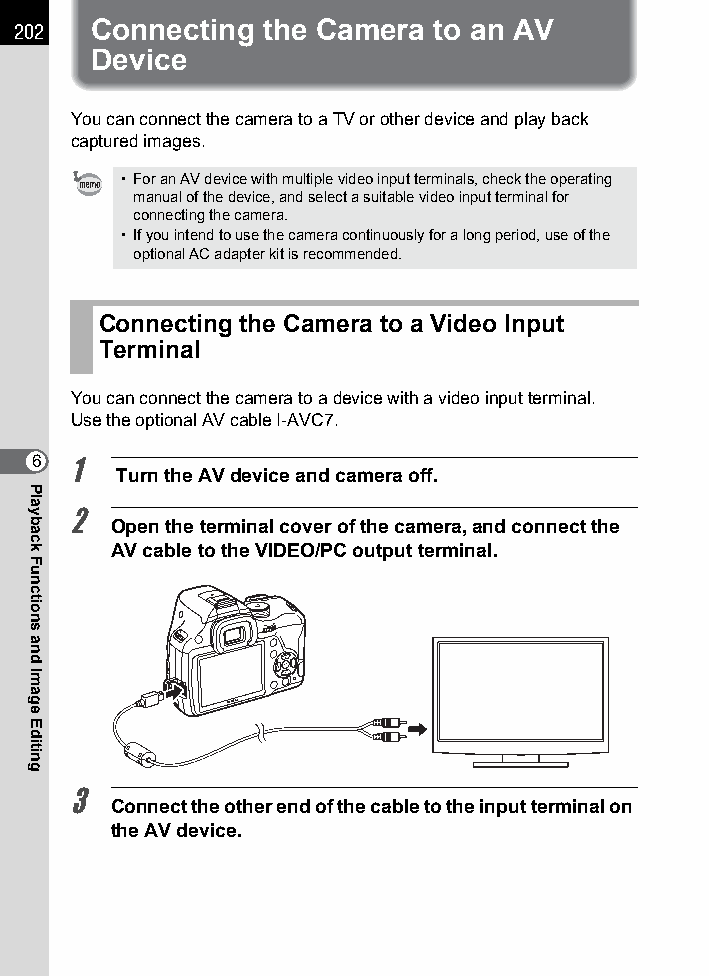
202  Connecting the Camera  to an AV
 Device
 You can connect the camera to a TV or other device and play back
 captured images.
 • For an AV device with multiple video input terminals, check the operating
 manual of the device, and select a suitable video input terminal for
 connecting the camera.
 • If you intend to use the camera continuously for a long period, use of the
 optional AC adapter kit is recommended.
 Connecting the Camera to a Video Input
 Terminal
 You can connect the camera to a device with a video input terminal.
 Use the optional AV cable I-AVC7.
 6 1
 Turn the AV device and camera off.
 2
 Open the terminal cover of the camera, and connect the
 AV cable to the VIDEO/PC output terminal.
 3
 Connect the other end of the cable to the input terminal on
 the AV device.
 Playback
 Functions
 and
 Image
 Editing